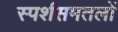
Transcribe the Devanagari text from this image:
स्पर्शसमतलों